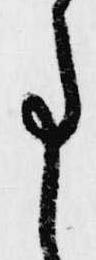
事